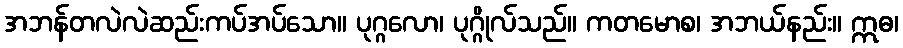
အဘန်တလဲလဲဆည်းကပ်အပ်သော။ ပုဂ္ဂလော၊ ပုဂ္ဂိုလ်သည်။ ကတမောစ၊ အဘယ်နည်း။ ဣဓ၊